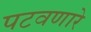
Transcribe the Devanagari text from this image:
पटवणारे